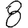
Digit: 8